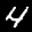
Label: 4